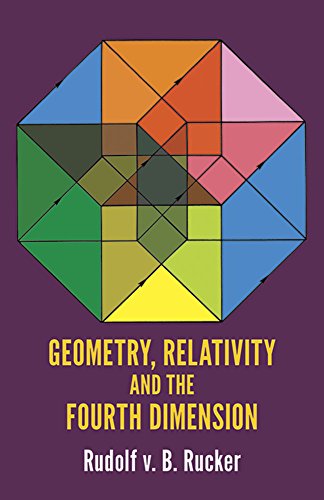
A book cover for Geometry, Relativity and the Fourth Dimension (Dover Books on Mathematics); Rudolf v.B. Rucker; Science & Math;